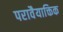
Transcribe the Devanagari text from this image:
परावैयाक्तिक